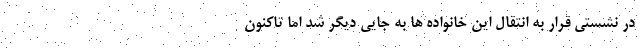
در نشستی قرار به انتقال این خانواده ها به جایی دیگر شد اما تاکنون